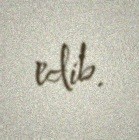
edib.